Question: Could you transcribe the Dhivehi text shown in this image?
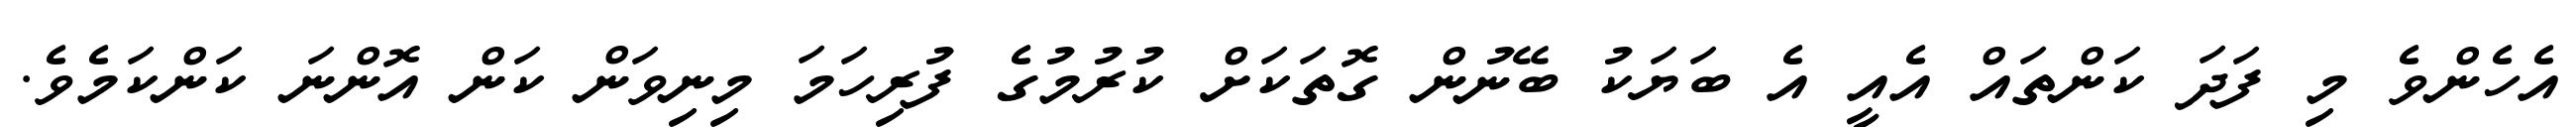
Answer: އެހެންވެ މި ފަދަ ކަންތައް އެއީ އެ ބަޔަކު ބޭނުން ގޮތަކަށް ކުރުމުގެ ފުރިހަމަ މިނިވަން ކަން އޮންނަ ކަންކަމެވެ.